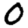
Digit: 0